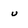
Character: u